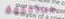
مستخدمة